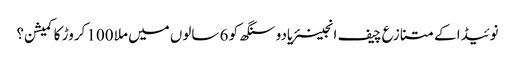
نوئیڈا کے متنازع چیف انجینئریادو سنگھ کو 6 سالوں میں ملا 100 کروڑ کا کمیشن؟